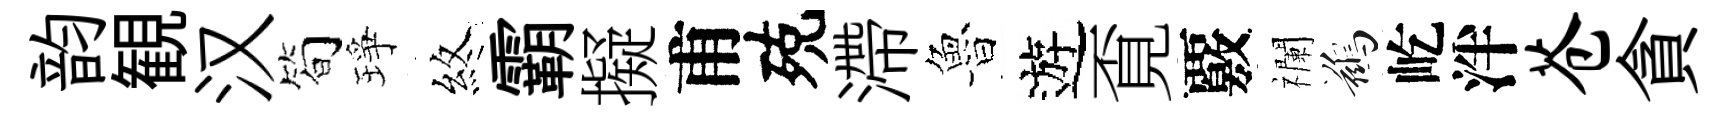
韵観汉简琤煞霸擬甫殑滯魯遊覔覈襴鷀屹泮苍貪